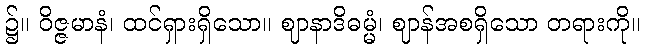
၌။ ဝိဇ္ဇမာနံ၊ ထင်ရှားရှိသော။ ဈာနာဒိဓမ္မံ၊ ဈာန်အစရှိသော တရားကို။